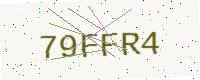
Text: 79FFR4